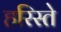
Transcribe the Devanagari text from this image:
हरिस्ते